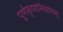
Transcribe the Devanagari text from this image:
पूर्णकृपानिधानम्